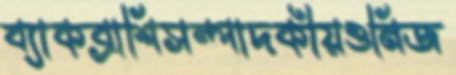
ব্যাকব্রাশিসম্পাদকীয়ওনিজ